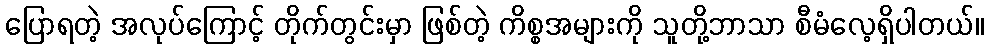
ပြောရတဲ့ အလုပ်ကြောင့် တိုက်တွင်းမှာ ဖြစ်တဲ့ ကိစ္စအများကို သူတို့ဘာသာ စီမံလေ့ရှိပါတယ်။